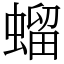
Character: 䗜